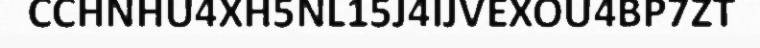
CCHNHU4XH5NL15J4IJVEXOU4BP7ZT